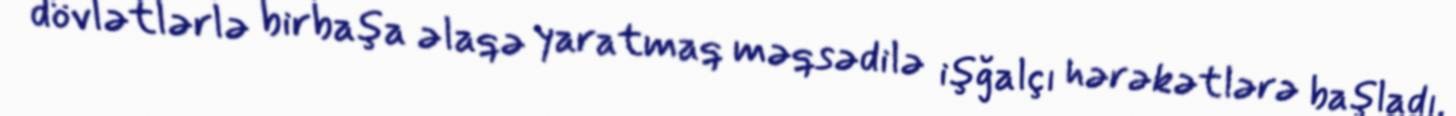
dövlətlərlə birbaşa əlaqə yaratmaq məqsədilə işğalçı hərəkətlərə başladı.